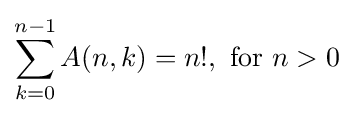
\sum _{k=0}^{n-1}A(n,k)=n!,{\text{ for }}n>0